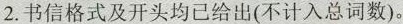
2.书信格式及开头均已给出(不计入总词数)。